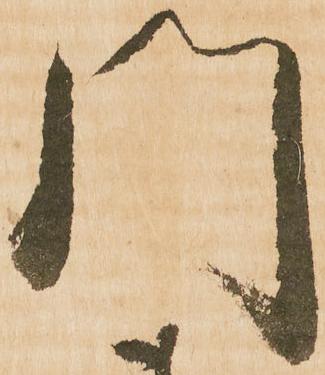
門